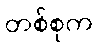
တစ်စုက